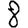
Digit: 8